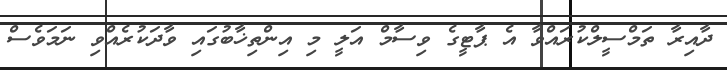
ދާއިރާ ތަމްސީލްކުރައްވާ އެ ޕާޓީގެ ވިސާމް އަލީ މި އިންތިޚާބުގައި ވާދަކުރެއްވި ނަމަވެސް